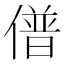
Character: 𰂰